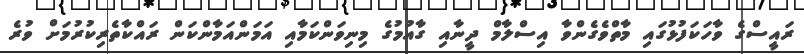
ރައީސްގެ ވާހަކަފުޅުގައި މާތްވެގެންވާ އިސްލާމް ދީނާއި ގާއުމުގެ މިނިވަންކަމާއި އަމަންއަމާންކަން ރައްކާތެރިކުރުމަށް ވުރެ